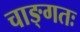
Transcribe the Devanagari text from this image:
चाङ्गतः